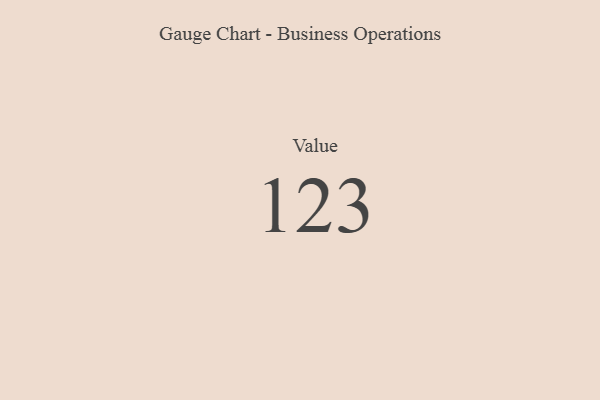
{"axis": {"x": "Metric", "y": "Value"}, "legend": [""], "data": [{"x": "Value", "y": 123, "type": ""}]}